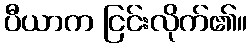
ပီယာက ငြင်းလိုက်၏။